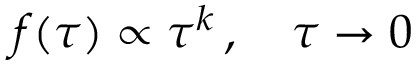
f ( \tau ) \propto \tau ^ { k } \, , \quad \tau \to 0